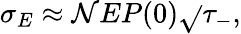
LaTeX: \sigma_{E}\approx\mathcal{N}EP(0)\sqrt{}{{\tau_{-}}},